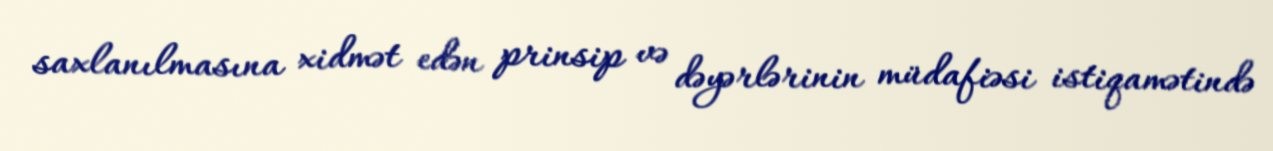
saxlanılmasına xidmət edən prinsip və dəyərlərinin müdafiəsi istiqamətində